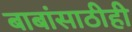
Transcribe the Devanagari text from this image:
बाबांसाठीही